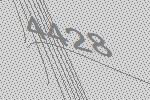
4428